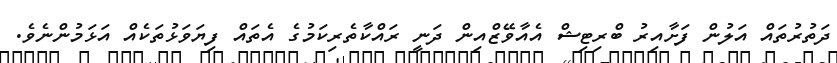
ދަތުރުތައް އަލުން ފަށާއިރު ބްރިޓިޝް އެއާވޭޒްއިން ދަނީ ރައްކާތެރިކަމުގެ އެތައް ފިޔަވަޅުތަކެއް އަޅަމުންނެވެ.